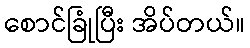
စောင်ခြုံပြီး အိပ်တယ်။